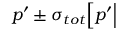
p ^ { \prime } \pm \sigma _ { { t o t } } \Big [ p ^ { \prime } \Big |